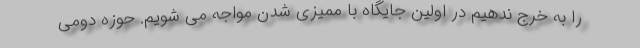
را به خرج ندهیم در اولین جایگاه با ممیزی شدن مواجه می شویم. حوزه دومی